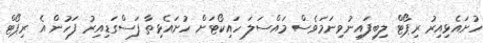
ހުށައެޅިއިރު ރިޕޯޓް ލިބިފައިނުވިނަމަވެސް މައްސަލަ ހައިކޯޓަށް ހުށައެޅިތާ ފަސްގަޑިއިރު ފަހުން އެ ރިޕޯޓް